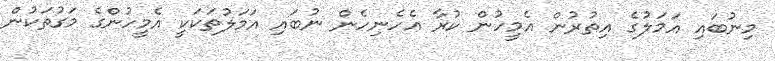
މިނުބައި އަމަލުގެ އިތުރުން އެމީހުން ކުރާ އެހެނިހެން ނުބައި އަމަލުތަކަކީ އެމީހުންގެ މަގުތަކުން